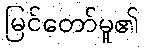
မြင်တော်မူ၏